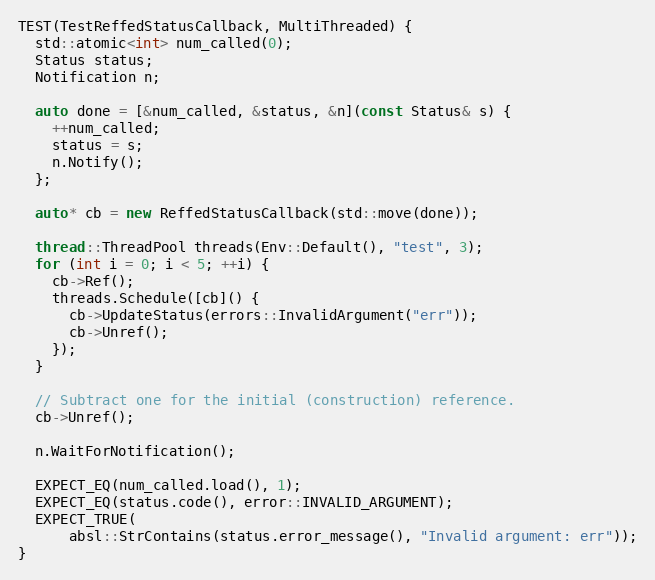
Language: C++
TEST(TestReffedStatusCallback, MultiThreaded) {
  std::atomic<int> num_called(0);
  Status status;
  Notification n;

  auto done = [&num_called, &status, &n](const Status& s) {
    ++num_called;
    status = s;
    n.Notify();
  };

  auto* cb = new ReffedStatusCallback(std::move(done));

  thread::ThreadPool threads(Env::Default(), "test", 3);
  for (int i = 0; i < 5; ++i) {
    cb->Ref();
    threads.Schedule([cb]() {
      cb->UpdateStatus(errors::InvalidArgument("err"));
      cb->Unref();
    });
  }

  // Subtract one for the initial (construction) reference.
  cb->Unref();

  n.WaitForNotification();

  EXPECT_EQ(num_called.load(), 1);
  EXPECT_EQ(status.code(), error::INVALID_ARGUMENT);
  EXPECT_TRUE(
      absl::StrContains(status.error_message(), "Invalid argument: err"));
}